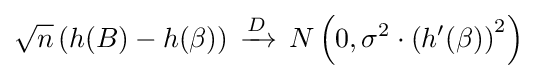
{\sqrt {n}}\left(h(B)-h(\beta )\right)\,\xrightarrow {D} \,N\left(0,\sigma ^{2}\cdot \left(h^{\prime }(\beta )\right)^{2}\right)